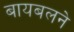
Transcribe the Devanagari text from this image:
बायबलने